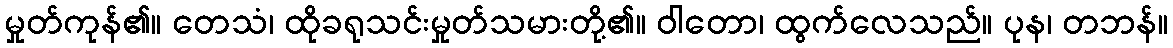
မှုတ်ကုန်၏။ တေသံ၊ ထိုခရုသင်းမှုတ်သမားတို့၏။ ဝါတော၊ ထွက်လေသည်။ ပုန၊ တဘန်။